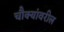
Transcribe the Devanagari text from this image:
चौक्यांवरील